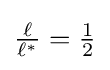
{\textstyle {\frac {\ell }{\ell ^{*}}}={\frac {1}{2}}}